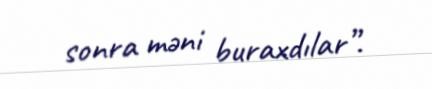
sonra məni buraxdılar”.